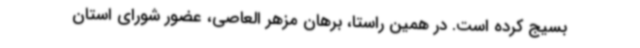
بسیج کرده است. در همین راستا، برهان مزهر العاصی، عضور شورای استان